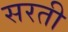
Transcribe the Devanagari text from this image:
सरती